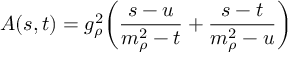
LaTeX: A ( s , t ) = g _ { \rho } ^ { 2 } \biggl ( { \frac { s - u } { m _ { \rho } ^ { 2 } - t } } + { \frac { s - t } { m _ { \rho } ^ { 2 } - u } } \biggr )